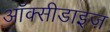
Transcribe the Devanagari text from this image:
ऑक्सीडाइज़